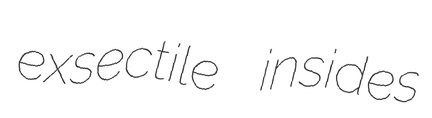
exsectile insides